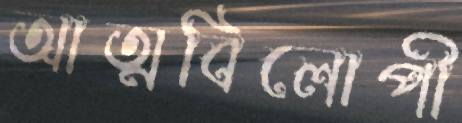
আত্মবিলোপী